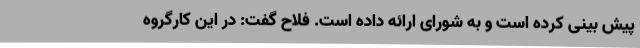
پیش بینی کرده است و به شورای ارائه داده است. فلاح گفت: در این کارگروه